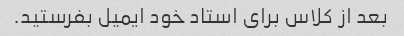
بعد از کلاس برای استاد خود ایمیل بفرستید.